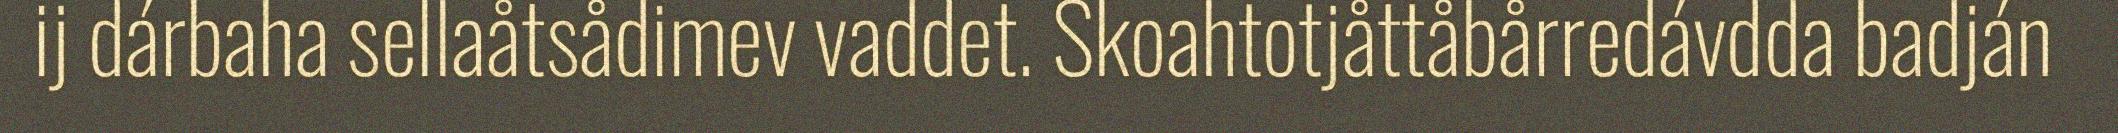
ij dárbaha sellaåtsådimev vaddet. Skoahtotjåttåbårredávdda badján